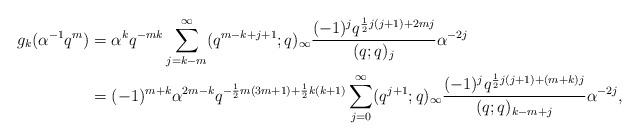
LaTeX: \begin{align*} g_{k}(\alpha^{-1}q^{m})&=\alpha^{k}q^{-mk}\sum_{j=k-m}^{\infty}(q^{m-k+j+1};q)_{\infty}\frac{(-1)^{j}q^{\frac{1}{2}j(j+1)+2mj}}{(q;q)_{j}}\alpha^{-2j}\\ &=(-1)^{m+k}\alpha^{2m-k}q^{-\frac{1}{2}m(3m+1)+\frac{1}{2}k(k+1)}\sum_{j=0}^{\infty}(q^{j+1};q)_{\infty}\frac{(-1)^{j}q^{\frac{1}{2}j(j+1)+(m+k)j}}{(q;q)_{k-m+j}}\alpha^{-2j}, \end{align*}